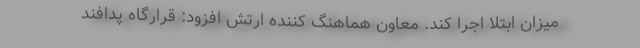
میزان ابتلا اجرا کند. معاون هماهنگ کننده ارتش افزود: قرارگاه پدافند